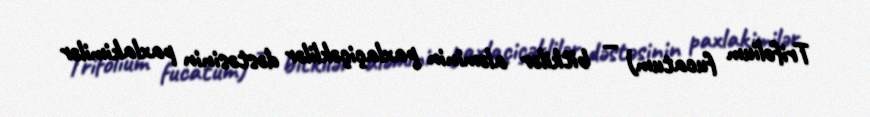
Trifolium fucatum) — bitkilər aləminin paxlaçiçəklilər dəstəsinin paxlakimilər